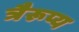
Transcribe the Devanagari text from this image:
त्रैरूप्य